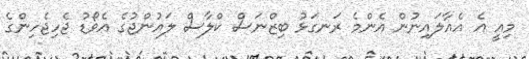
މިއީ އެ އެއާލައިނުން އެންމެ ރަނގަޅު ބިޒްނަސް ކްލާސް ލައުންޖުގެ އެވޯޑު ޖެހިޖެހިންގެ